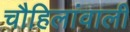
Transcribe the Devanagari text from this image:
चौहिलांवाली